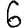
Digit: 6